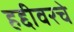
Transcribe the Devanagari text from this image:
हद्दीवरचे